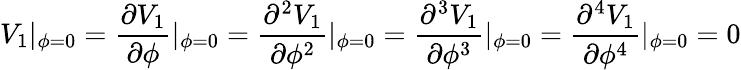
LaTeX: V_{1}|_{\phi=0}=\frac{\partial V_{1}}{\partial\phi}|_{\phi=0}=\frac{\partial^{2}V_{1}}{\partial\phi^{2}}|_{\phi=0}=\frac{\partial^{3}V_{1}}{\partial\phi^{3}}|_{\phi=0}=\frac{\partial^{4}V_{1}}{\partial\phi^{4}}|_{\phi=0}=0